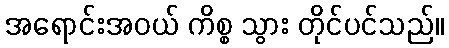
အရောင်းအဝယ် ကိစ္စ သွား တိုင်ပင်သည်။